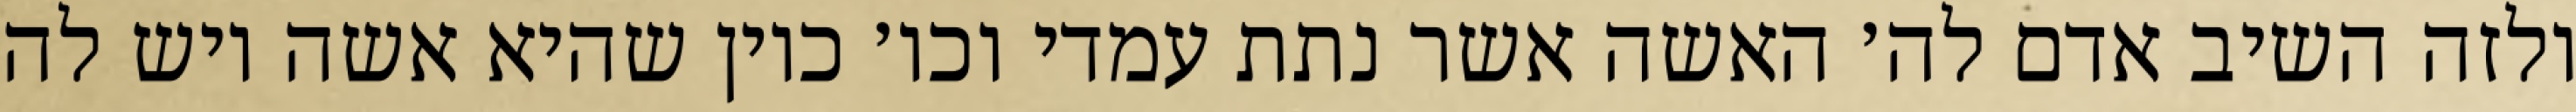
ולזה השיב אדם לה׳ האשה אשר נתת עמדי וכו׳ כיון שהיא אשה ויש לה